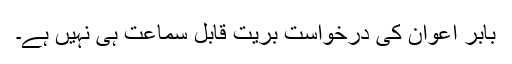
بابر اعوان کی درخواست بریت قابل سماعت ہی نہیں ہے۔